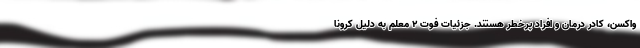
واکسن، کادر درمان و افراد پرخطر هستند. جزئیات فوت ۲ معلم به دلیل کرونا